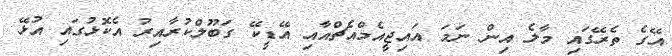
އޭގެ ތެރޭގައި މާލެ އިން ނަމަ އައިޖީއެމްއެޗްއާއި އޭޑީކޭ ގަބޫލްކުރާއިރު އެކޮޅުގައި އުޅޭ